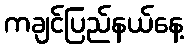
ကချင်ပြည်နယ်နေ့